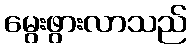
မွေးဖွားလာသည်